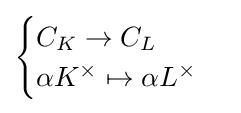
{\begin{cases}C_{K}\to C_{L}\\\alpha K^{\times }\mapsto \alpha L^{\times }\end{cases}}